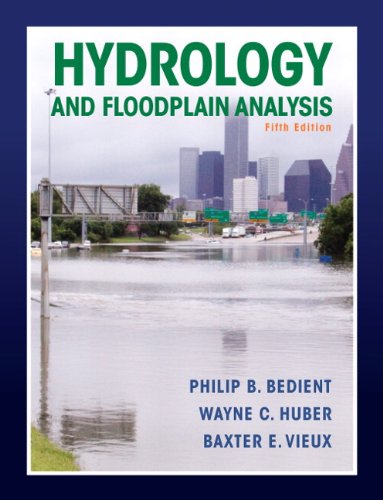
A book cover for Hydrology and Floodplain Analysis (5th Edition); Philip B. Bedient; Science & Math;